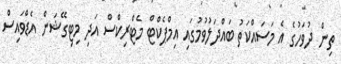
ތިން ދުވަހުގެ އެ މަސައްކަތު ބައްދަލުވުމުގައި އިމްޕެކްޓް މެޓްރިކްސް އަދި މިޓިގޭޝަން އެޑްވައިސް